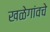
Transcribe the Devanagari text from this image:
खळेगांवचे